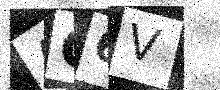
Text: AG6V